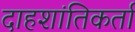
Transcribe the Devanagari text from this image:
दाहशांतिकर्ता